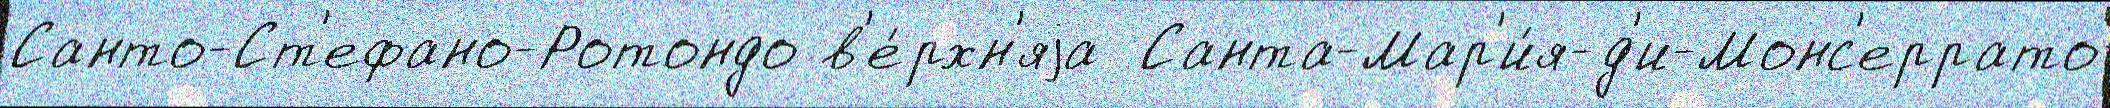
Санто-Ст'ефано-Ротондо в'е́рхн'яjа  Санта-Мар'и́я-д'и-Монс'еррато